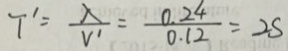
T ^ { \prime } = \frac { \lambda } { V ^ { \prime } } = \frac { 0 . 2 4 } { 0 . 1 2 } = 2 S